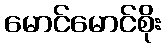
မောင်မောင်စိုး